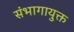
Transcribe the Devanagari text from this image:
संभागायुक्त